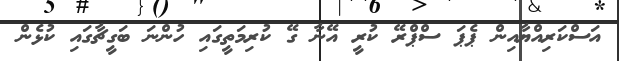
އަސްކަރިއްޔާއިން ޕެޕަ ސްޕްރޭ ކުރީ އޭނާ ގޭ ކުރިމަތީގައި ހުންނަ ބަގީޗާގައި ކުޅެން